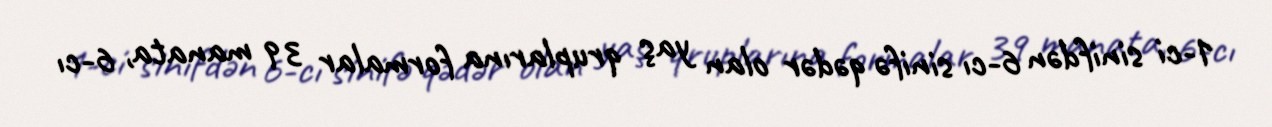
1-ci sinifdən 6-cı sinifə qədər olan yaş qruplarına formalar 39 manata, 6-cı